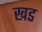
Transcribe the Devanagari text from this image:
खड